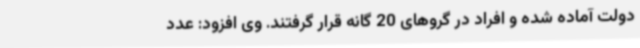
دولت آماده شده و افراد در گروهای 20 گانه قرار گرفتند. وی افزود: عدد